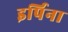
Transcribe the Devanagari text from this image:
इर्पिना